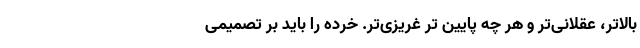
بالاتر، عقلانی‌تر و هر چه پایین تر غریزی‌تر. خرده را باید بر تصمیمی